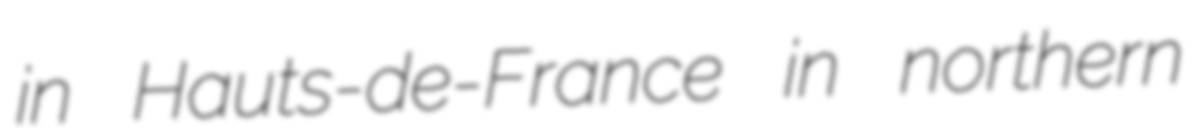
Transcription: in Hauts-de-France in northern